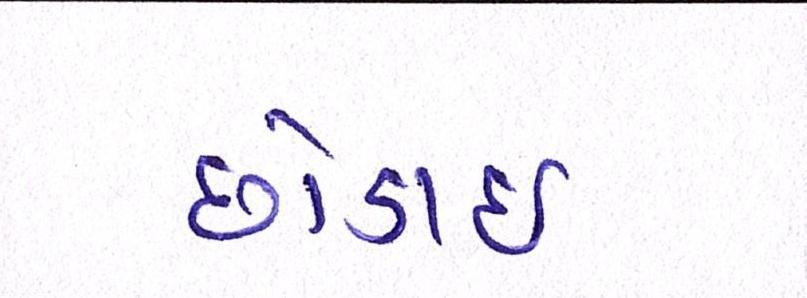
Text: છોડાઈ